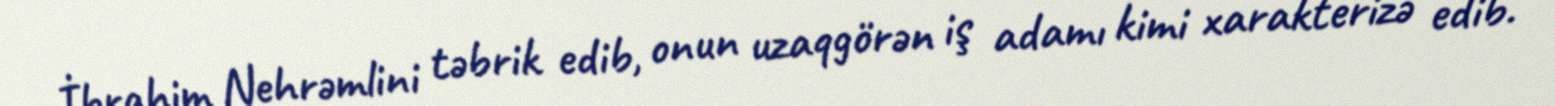
İbrahim Nehrəmlini təbrik edib, onun uzaqgörən iş adamı kimi xarakterizə edib.